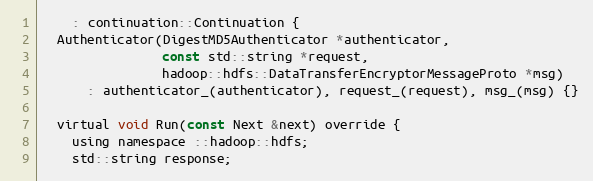
Language: C
    : continuation::Continuation {
  Authenticator(DigestMD5Authenticator *authenticator,
                const std::string *request,
                hadoop::hdfs::DataTransferEncryptorMessageProto *msg)
      : authenticator_(authenticator), request_(request), msg_(msg) {}

  virtual void Run(const Next &next) override {
    using namespace ::hadoop::hdfs;
    std::string response;